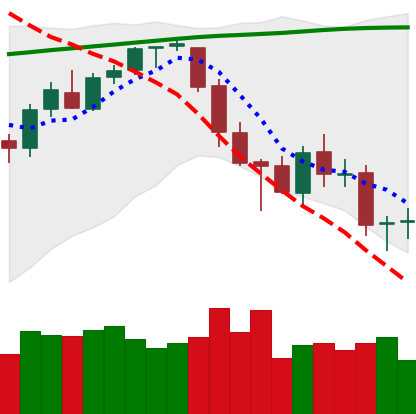
Ticker: BTC-USD
Chart end date: 2018-03-16
Forward return: 7.087%
Label: up_7plus